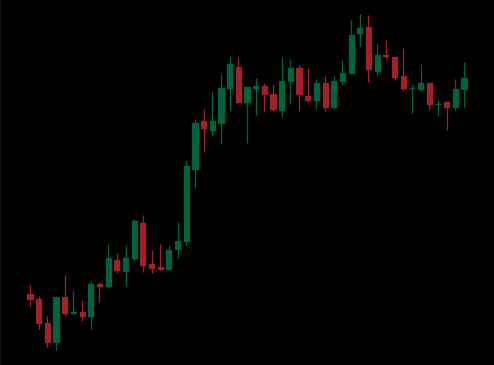
Pattern: bear_flag